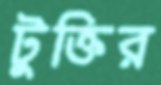
টুক্তির